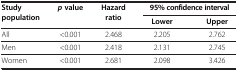
| Study population | pvalue | Hazard ratio | <COLSPAN=2> 95% confidence interval |
 | <COLSPAN=3>  | Lower | Upper |
 | --- | --- | --- | --- | --- |
 | All | <0.001 | 2.468 | 2.205 | 2.762 |
 | Men | <0.001 | 2.418 | 2.131 | 2.745 |
 | Women | <0.001 | 2.681 | 2.098 | 3.426 |